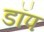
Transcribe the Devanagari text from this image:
डॉप